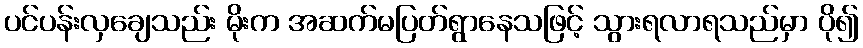
ပင်ပန်းလှချေသည်း မိုးက အဆက်မပြတ်ရွာနေသဖြင့် သွားရလာရသည်မှာ ပို၍